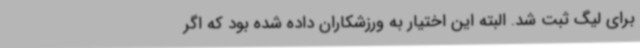
برای لیگ ثبت شد. البته این اختیار به ورزشکاران داده شده بود که اگر